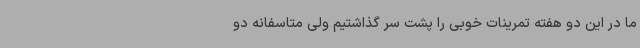
ما در این دو هفته تمرینات خوبی را پشت سر گذاشتیم ولی متاسفانه دو